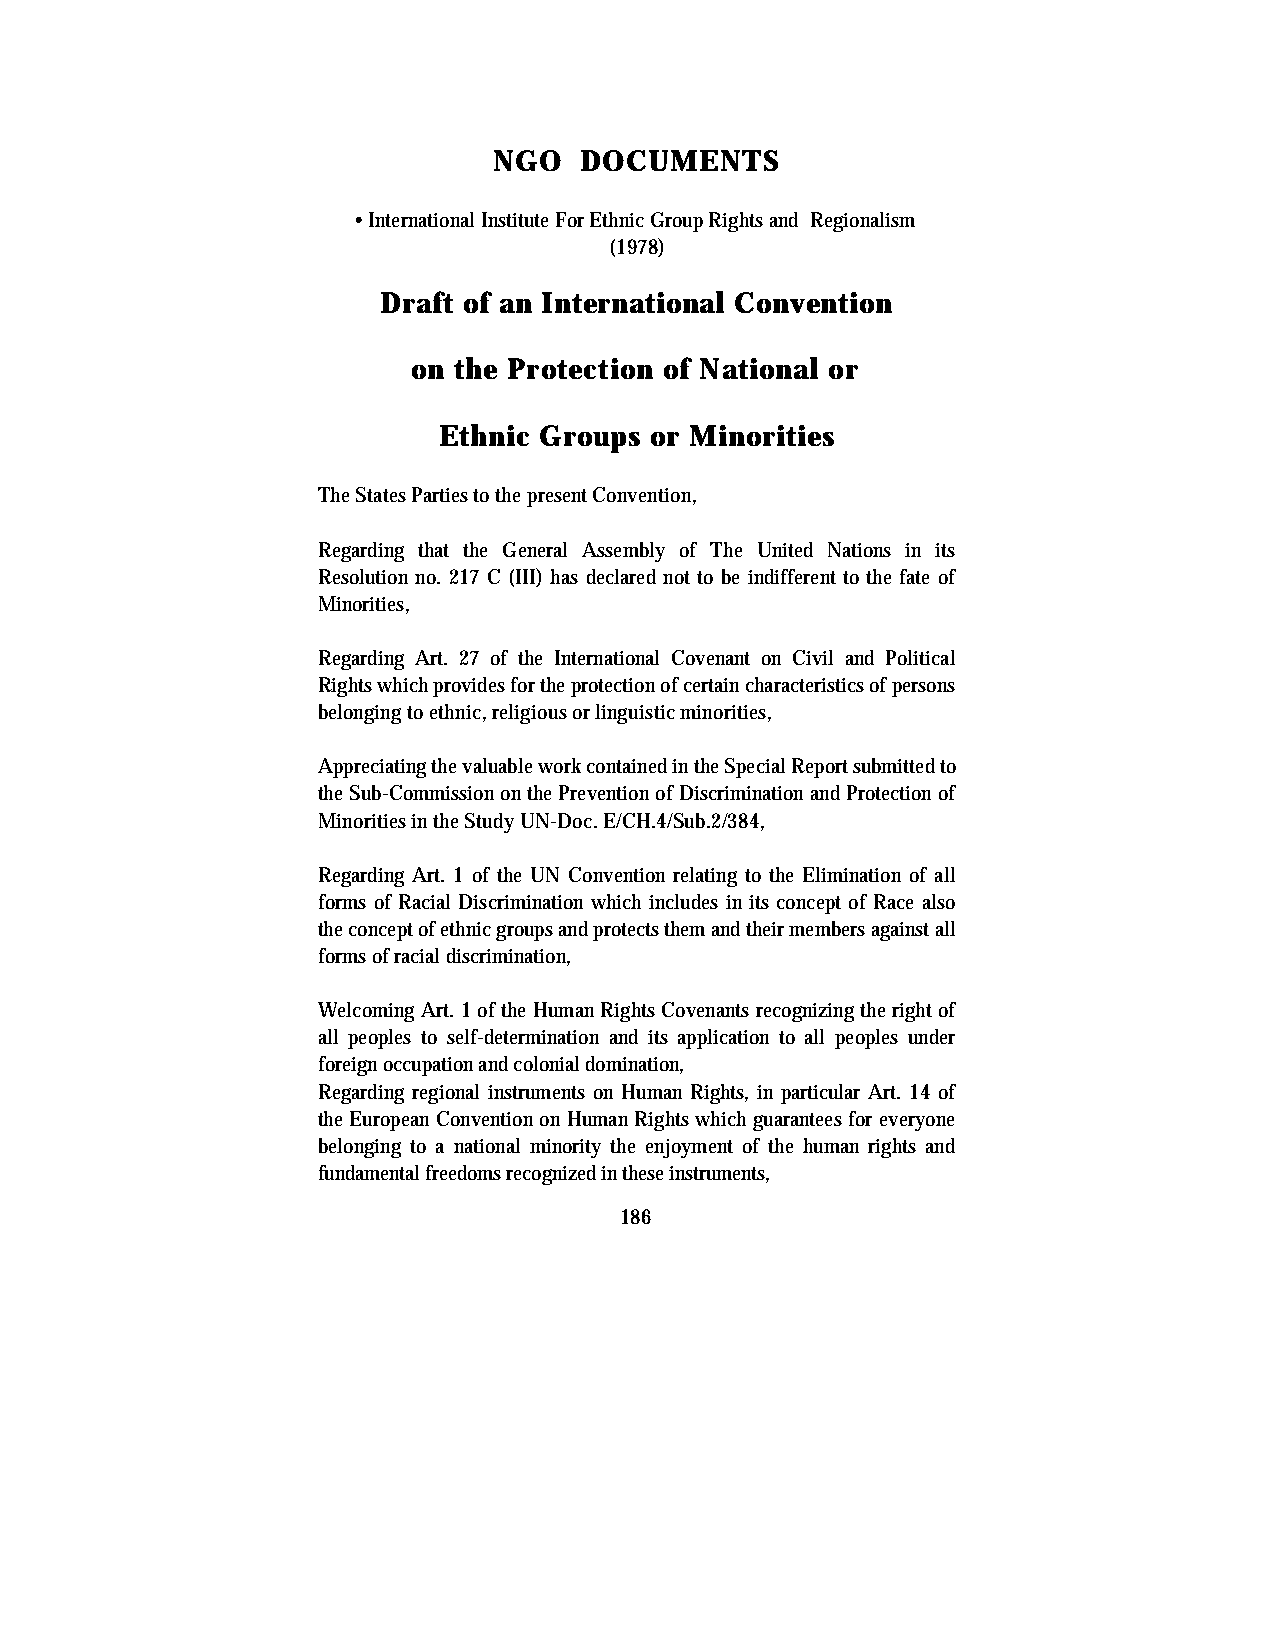
NGO  DOCUMENTS
 • International Institute For Ethnic Group Rights and Regionalism
 (1978)
 Draft of an International Convention
 on the Protection of National or
 Ethnic Groups or Minorities
 The States Parties to the present Convention,
 Regarding that the General Assembly of The United Nations in its
 Resolution no. 217 C (III) has declared not to be indifferent to the fate of
 Minorities,
 Regarding Art. 27 of the International Covenant on Civil and Political
 Rights which provides for the protection of certain characteristics of persons
 belonging to ethnic, religious or linguistic minorities,
 Appreciating the valuable work contained in the Special Report submitted to
 the Sub-Commission on the Prevention of Discrimination and Protection of
 Minorities in the Study UN-Doc. E/CH.4/Sub.2/384,
 Regarding Art. 1 of the UN Convention relating to the Elimination of all
 forms of Racial Discrimination which includes in its concept of Race also
 the concept of ethnic groups and protects them and their members against all
 forms of racial discrimination,
 Welcoming Art. 1 of the Human Rights Covenants recognizing the right of
 all peoples to self-determination and its application to all peoples under
 foreign occupation and colonial domination,
 Regarding regional instruments on Human Rights, in particular Art. 14 of
 the European Convention on Human Rights which guarantees for everyone
 belonging to a national minority the enjoyment of the human rights and
 fundamental freedoms recognized in these instruments,
 186